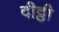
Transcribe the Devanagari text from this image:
दीट्ठी